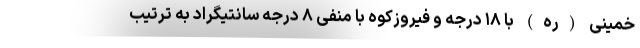
خمینی (ره) با ۱۸ درجه و فیروزکوه با منفی ۸ درجه سانتیگراد به ترتیب